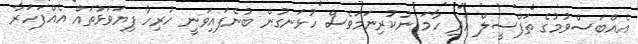
އެއްބަސްވުމުގެ ތަފްސީލް އަދި ހާމަ ނުކުރިނަމަވެސް ހުޅަނގުން ބުނެފައިވަނީ ހުރިހާ ފިޔަވަޅުތައް އެއްފަހަރާ